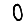
Digit: 0